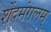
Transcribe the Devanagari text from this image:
शेंदमंगलम्